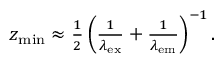
\begin{array} { r } { z _ { \mathrm { m i n } } \approx \frac { 1 } { 2 } \left( \frac { 1 } { \lambda _ { \mathrm { e x } } } + \frac { 1 } { \lambda _ { \mathrm { e m } } } \right) ^ { - 1 } . } \end{array}